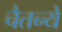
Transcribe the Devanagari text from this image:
चैतन्ये